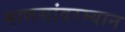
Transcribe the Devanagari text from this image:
माणसांदरम्यान